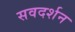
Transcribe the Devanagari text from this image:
सवदर्शन